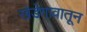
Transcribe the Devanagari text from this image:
खेडेगावातून